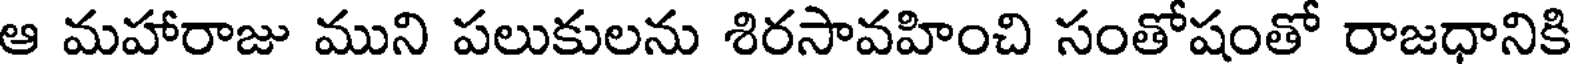
ఆ మహారాజు ముని పలుకులను శిరసావహించి సంతోషంతో రాజధానికి